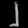
Digit: ၂